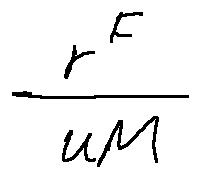
\frac { r ^ { F } } { u M }